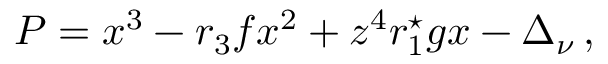
P = x ^ { 3 } - r _ { 3 } f x ^ { 2 } + z ^ { 4 } r _ { 1 } ^ { \star } g x - \Delta _ { \nu } \, ,